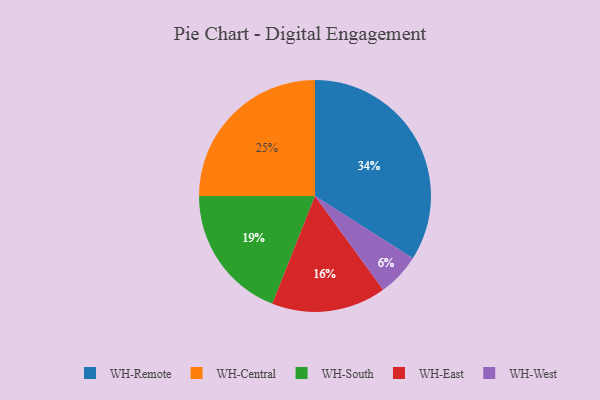
{"axis": {"x": "Category", "y": "Percentage"}, "legend": ["WH-Central", "WH-East", "WH-Remote", "WH-South", "WH-West"], "data": [{"x": "WH-Central", "y": 25, "type": "WH-Central"}, {"x": "WH-West", "y": 6, "type": "WH-West"}, {"x": "WH-South", "y": 19, "type": "WH-South"}, {"x": "WH-Remote", "y": 34, "type": "WH-Remote"}, {"x": "WH-East", "y": 16, "type": "WH-East"}]}